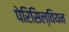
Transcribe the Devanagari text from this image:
पेरिसिल्वियन